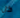
كل